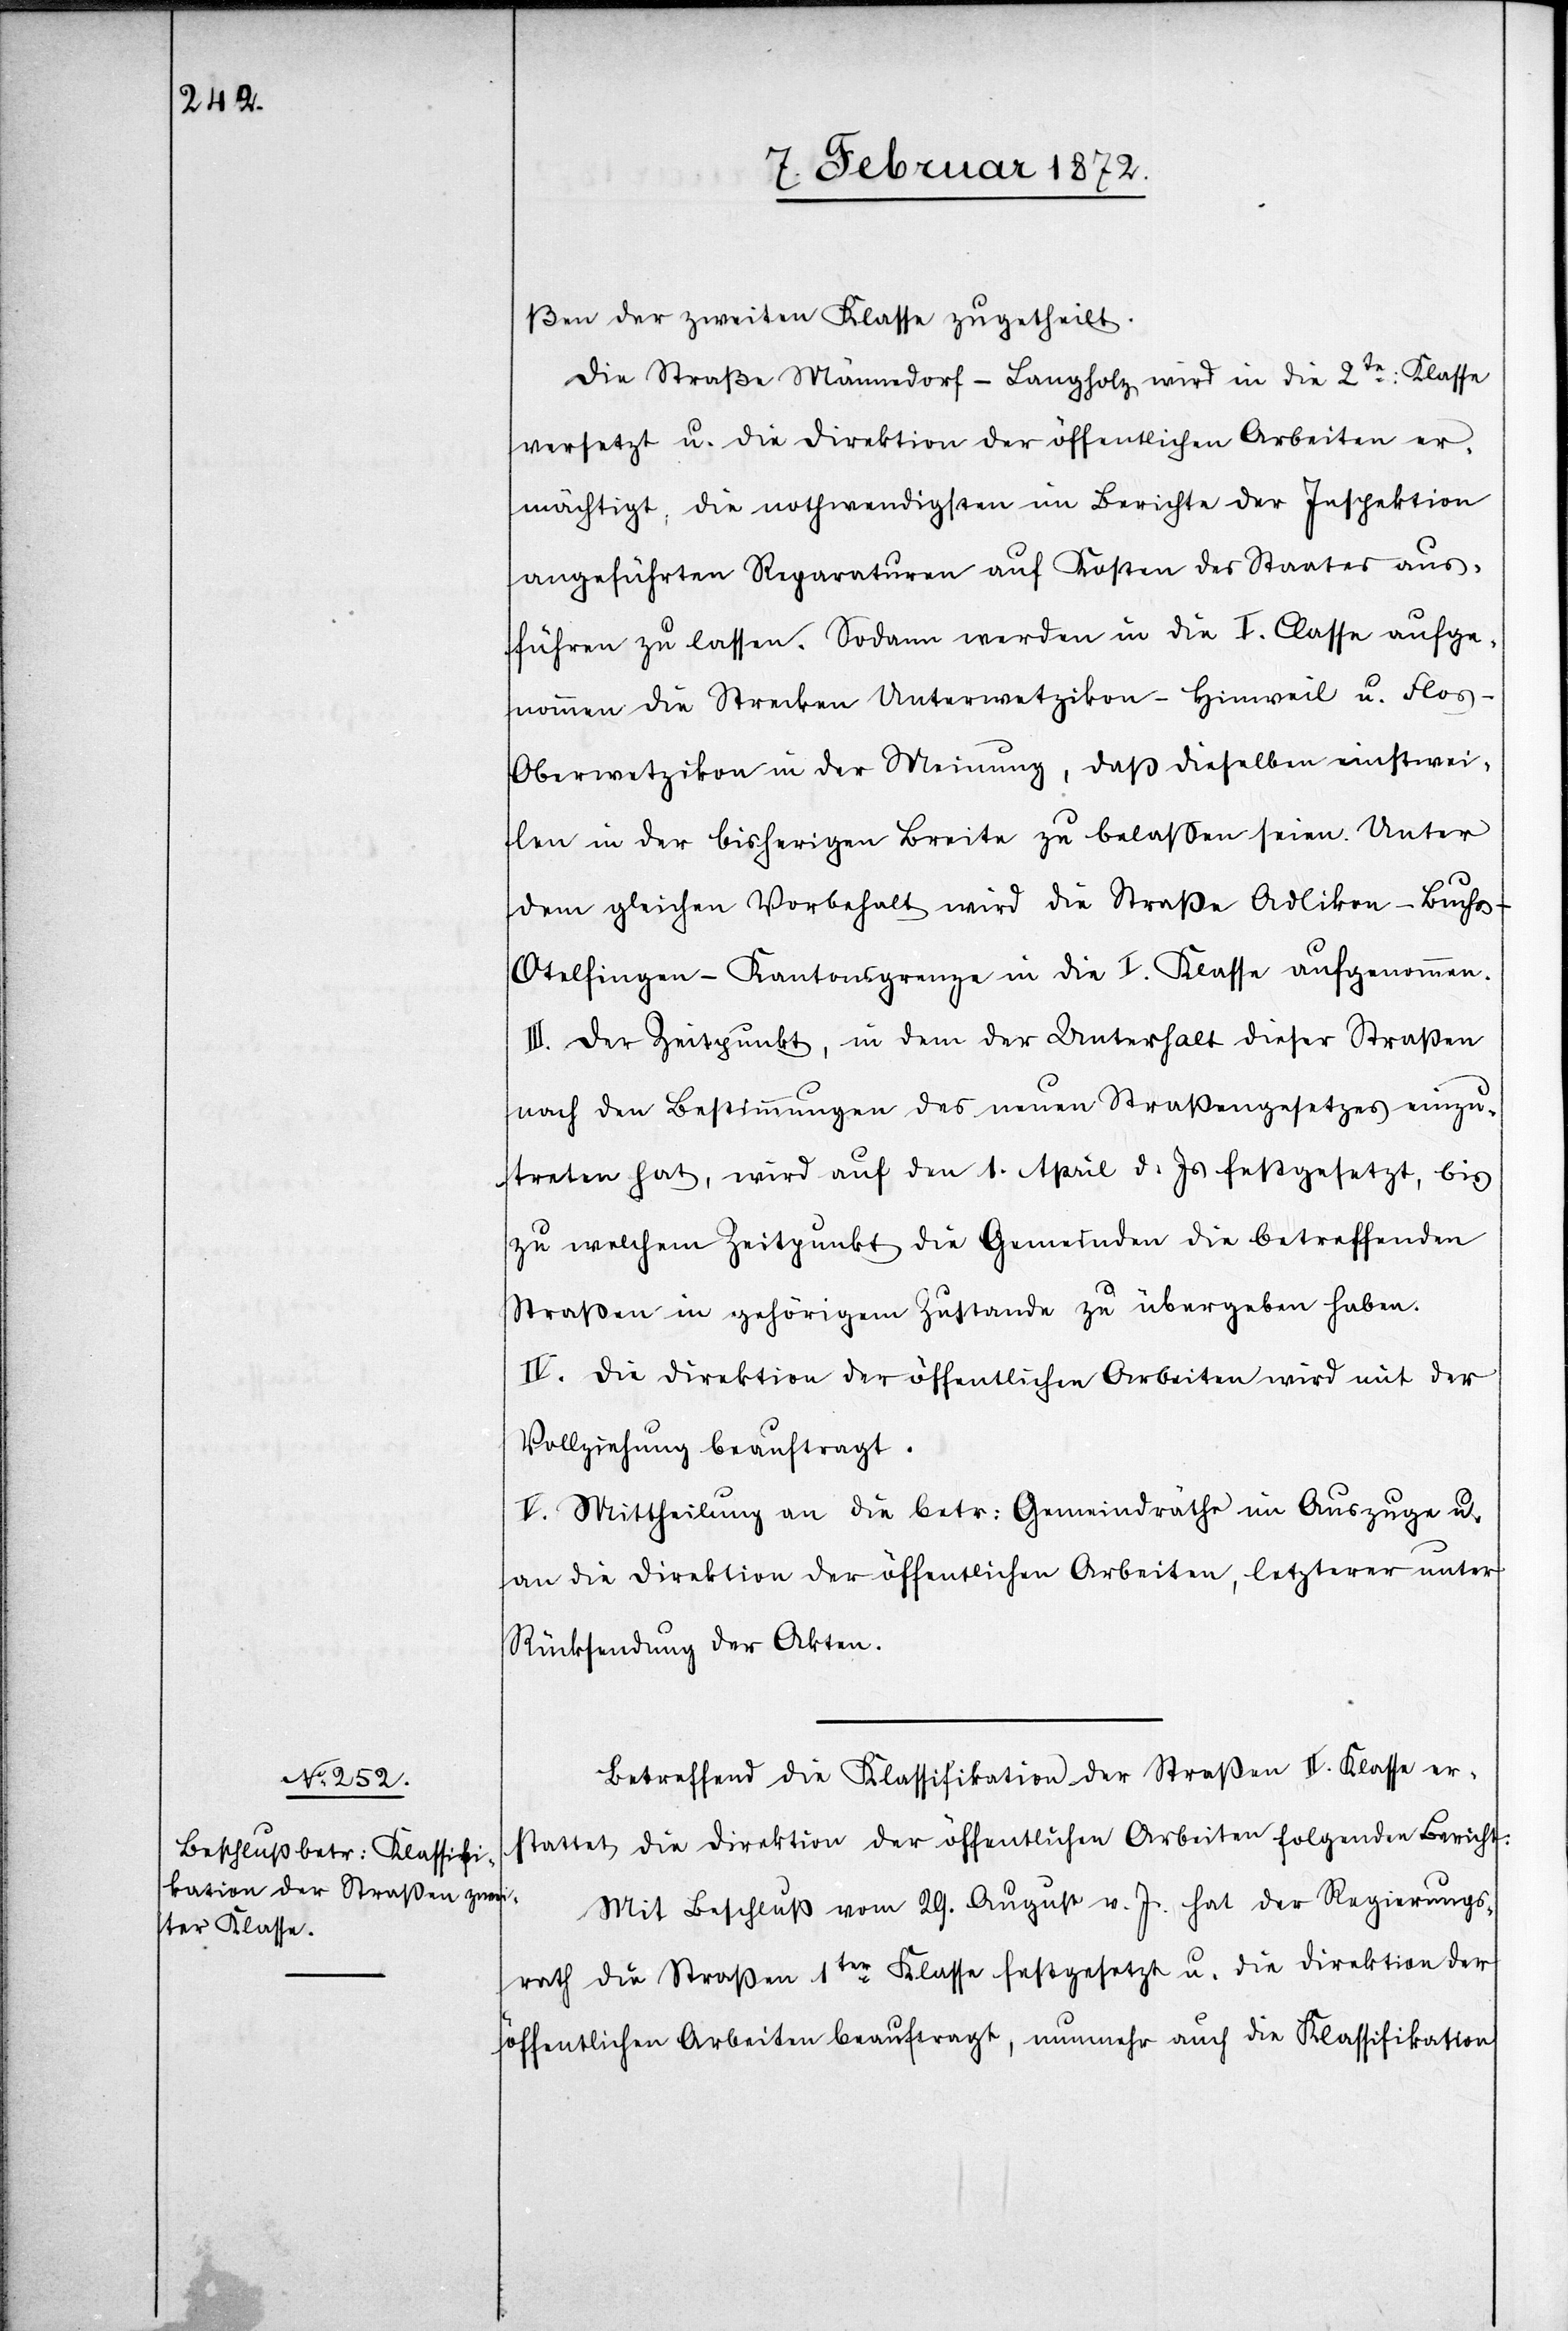
ßen der zweiten Klasse zugetheilt.
Die Straße Männedorf–Langholz wird in die 2te Klasse
versetzt u. die Direktion der öffentlichen Arbeiten er¬
mächtigt, die nothwendigsten im Berichte der Inspektion
angeführten Reparaturen auf Kosten des Staates aus¬
führen zu lassen. Sodann werden in die I. Classe aufge¬
nommen die Strecken Unterwetzikon–Hinweil u. Floos–O¬
berwetzikon in der Meinung, daß dieselben einstwei¬
len in der bisherigen Breite zu belassen seien. Unter
dem gleichen Vorbehalt wird die Straße Adlikon–Buchs–O¬
telfingen–Kantonsgrenze in die I. Klasse aufgenommen.
III. Der Zeitpunkt, in dem der Unterhalt dieser Straßen
nach den Bestimmungen des neuen Straßengesetzes einzu¬
treten hat, wird auf den 1. April d. Js festgesetzt, bis
zu welchem Zeitpunkt die Gemeinden die betreffenden
Straßen in gehörigem Zustande zu übergeben haben.
IV. Die Direktion der öffentlichen Arbeiten wird mit der
Vollziehung beauftragt.
V. Mittheilung an die betr. Gemeindräthe im Auszuge u.
an die Direktion der öffentlichen Arbeiten, letzterer unter
Rücksendung der Akten.
Betreffend die Klassifikation der Straßen II. Klasse er¬
stattet die Direktion der öffentlichen Arbeiten folgenden Bericht.
Mit Beschluß vom 29. August v. Js. hat der Regierungs¬
rath die Straßen 1ter Klasse festgesetzt u. die Direktion der
öffentlichen Arbeiten beauftragt, nunmehr auch die Klassifikation